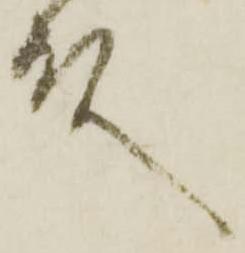
殿